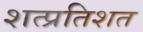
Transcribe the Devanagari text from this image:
शत्प्रतिशत